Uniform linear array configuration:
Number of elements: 8
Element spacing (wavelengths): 1
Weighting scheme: hamming
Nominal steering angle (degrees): -60
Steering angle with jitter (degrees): -61.771
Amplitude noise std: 0.05
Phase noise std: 0.05

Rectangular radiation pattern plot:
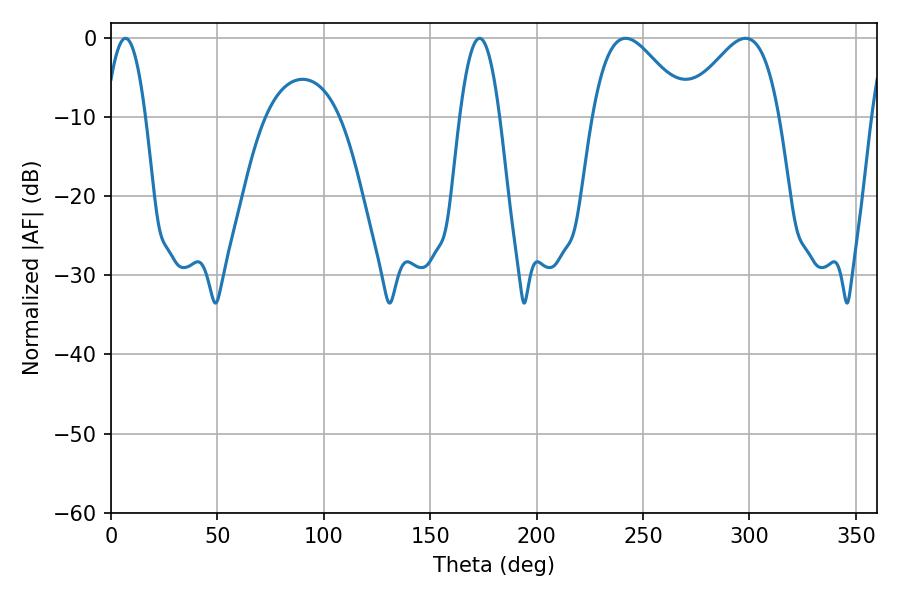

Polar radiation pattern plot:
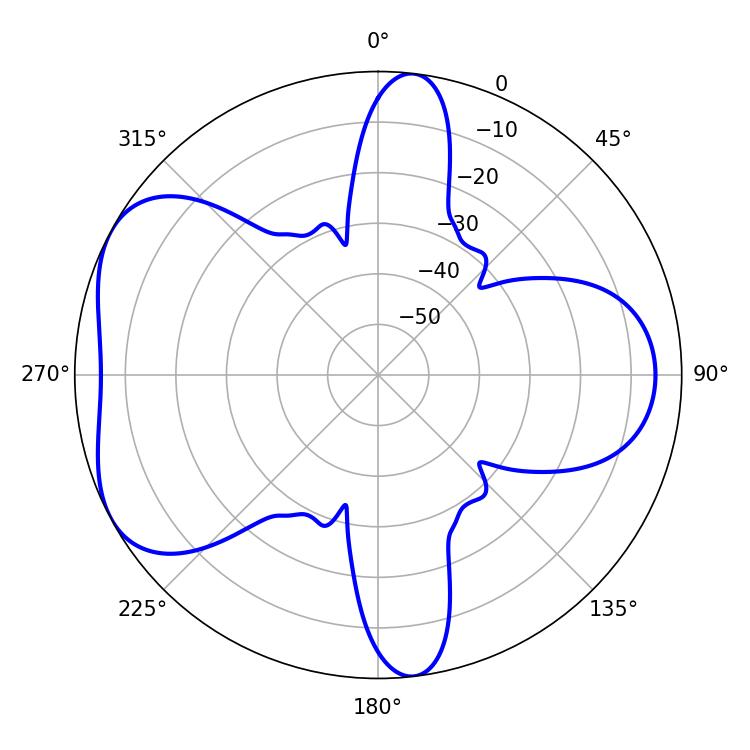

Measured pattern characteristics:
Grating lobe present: TRUE
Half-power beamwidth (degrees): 10.26
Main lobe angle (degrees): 6.84